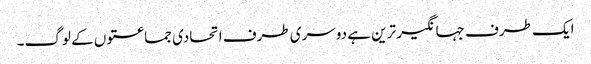
ایک طرف جہانگیر ترین ہے دوسری طرف اتحادی جماعتوں کے لوگ۔